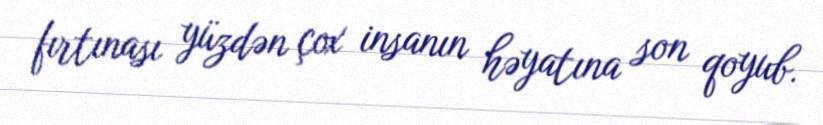
fırtınası yüzdən çox insanın həyatına son qoyub.